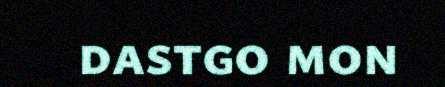
dastgo mon